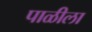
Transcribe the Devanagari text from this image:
पाळीला